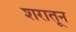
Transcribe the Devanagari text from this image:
शरातून